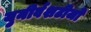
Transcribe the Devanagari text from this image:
युनीर्वशटीजो